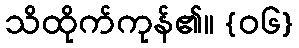
သိထိုက်ကုန်၏။ {၀၆}